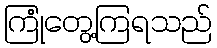
ကြုံတွေ့ကြရသည်